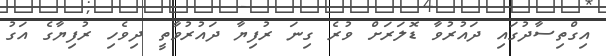
އިގްތިސާދުގައި ދައުރުވާ ޑޮލަރަށް ވުރެ ގިނަ ރުފިޔާ ދައުރުވާތީ ދިވެހި ރުފިޔާގެ އަގު